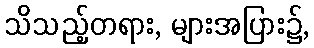
သိသည့်တရား, များအပြား၌,